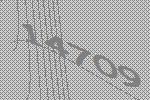
14709